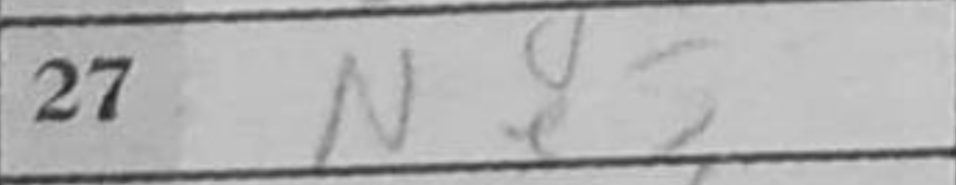
Transcription: Ne5